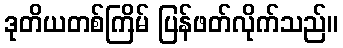
ဒုတိယတစ်ကြိမ် ပြန်ဖတ်လိုက်သည်။